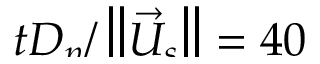
\smash { t D _ { p } / \left\| \vec { U } _ { s } \right\| = 4 0 }